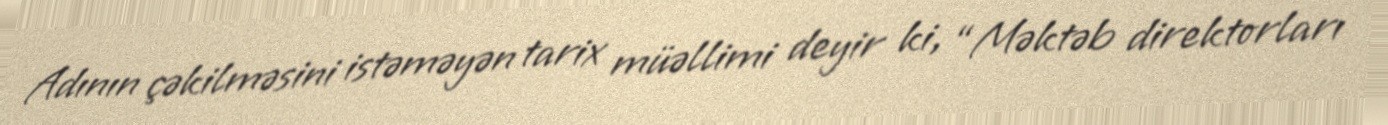
Adının çəkilməsini istəməyən tarix müəllimi deyir ki, “Məktəb direktorları